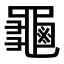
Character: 𪚴